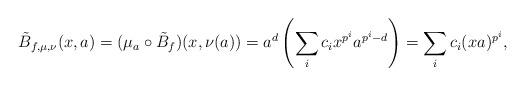
LaTeX: \begin{align*}\tilde{B}_{f,\mu,\nu}(x,a)=(\mu_{a}\circ \tilde{B}_{f})(x,\nu(a))=a^{d}\left(\sum_{i}c_{i}x^{p^{i}}a^{p^{i}-d}\right)=\sum_{i}c_{i}(xa)^{p^{i}}, \end{align*}